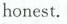
honest.